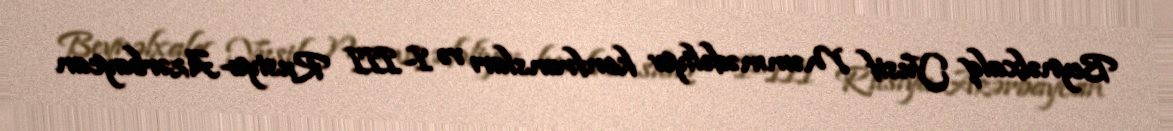
Beynəlxalq Yusif Məmmədəliyev konfransları və I–III Rusiya-Azərbaycan